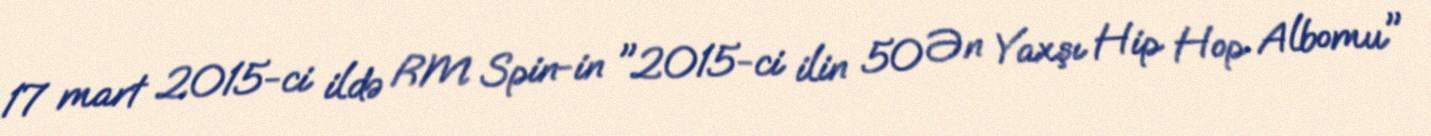
17 mart 2015-ci ildə RM Spin-in "2015-ci ilin 50 Ən Yaxşı Hip Hop Albomu"